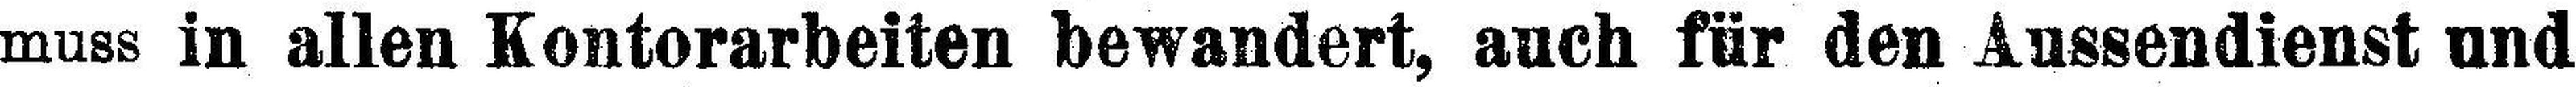
muss in allen Kontorarbeiten bewandert, auch für den Aussendienst und